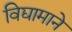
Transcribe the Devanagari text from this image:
विद्यामाने